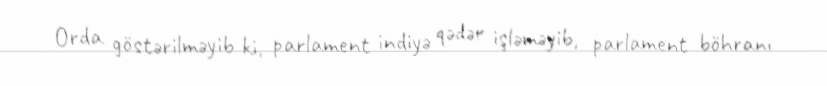
Orda göstərilməyib ki, parlament indiyə qədər işləməyib, parlament böhranı